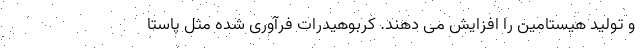
و تولید هیستامین را افزایش می دهند. کربوهیدرات فرآوری شده مثل پاستا